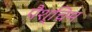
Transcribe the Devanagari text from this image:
पैश्चिम